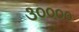
૩૦૦૦૦